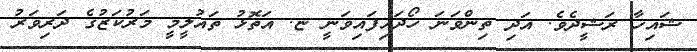
ޝައިހާ ރަޝީދެވެ. އަދި ތިންވަނަ ހޯދައިފައިވަނީ ޏ. އަތޮޅު ތައުލީމީ މަރުކަޒުގެ ދަރިވަރު